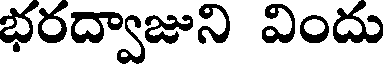
భరద్వాజుని విందు